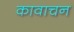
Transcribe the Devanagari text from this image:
कावाचन